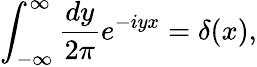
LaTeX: \int_{-\infty}^{\infty}\frac{dy}{2\pi}e^{-iyx}=\delta(x),